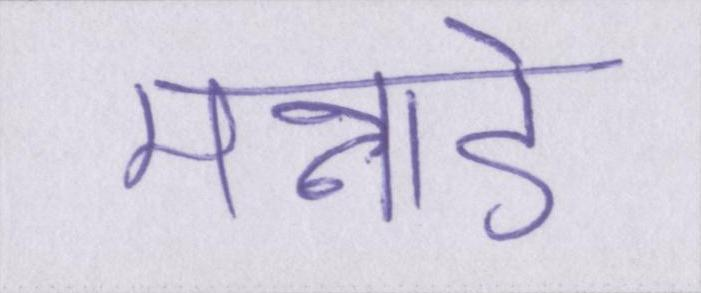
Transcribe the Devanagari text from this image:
मन्नाडे